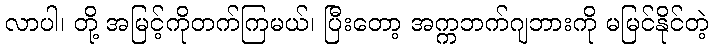
လာပါ၊ တို့ အမြင့်ကိုတက်ကြမယ်၊ ပြီးတော့ အက္ကဘက်ဂျဘားကို မမြင်နိုင်တဲ့